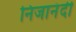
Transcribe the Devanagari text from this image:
निजानंदी